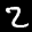
Label: 2